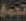
تجمع